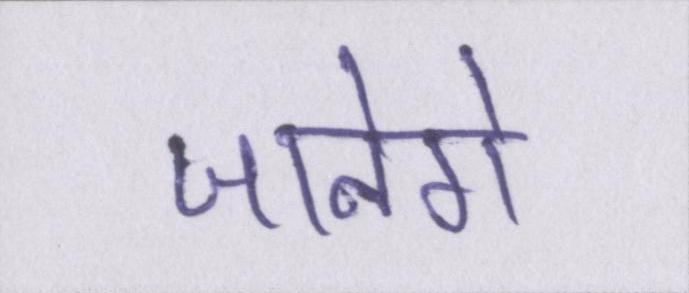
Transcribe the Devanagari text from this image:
जानेंगे